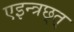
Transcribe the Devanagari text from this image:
एइन्त्रछ्त्